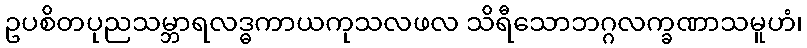
ဥပစိတပုညသမ္ဘာရလဒ္ဓကာယကုသလဖလ သိရီသောဘဂ္ဂလက္ခဏာသမူဟံ၊